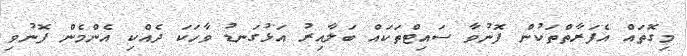
މިގޮތައް އެފަރާތްތަކުން ފޮނުވާ ސައިޓްތަކައް ބަލާއިރު އަޅުގަނޑު ވާހަކަ ދެއްކި އެންމެން ފޮނުވި